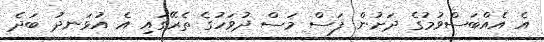
އެ އެއްބަސްވުމުގެ ދަށުން ފަސް މަސް ދުވަހުގެ ތެރޭގައި އެ އުޅަނދު ބަދެ